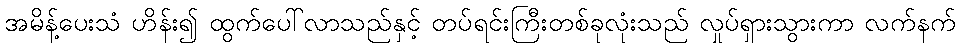
အမိန့်ပေးသံ ဟိန်း၍ ထွက်ပေါ်လာသည်နှင့် တပ်ရင်းကြီးတစ်ခုလုံးသည် လှုပ်ရှားသွားကာ လက်နက်